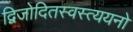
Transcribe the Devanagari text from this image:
द्विजोदितस्वस्त्ययनो